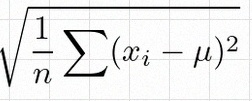
\sigma=\sqrt{\frac1n\sum(x_i-\mu)^2}